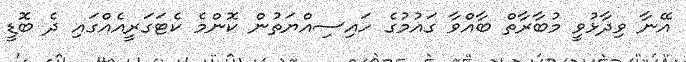
އޭނާ ވިދާޅުވީ މުބާރާތް ބާއްވާ ގައުމުގެ ހައިސިއްޔަތުން ކޮންމެ ކެޓަގަރީއެއްގައި ދެ ބޮޑީ